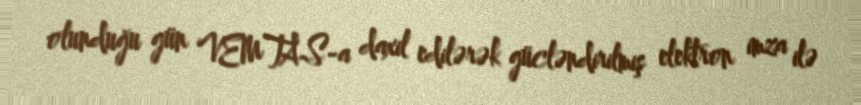
olunduğu gün VEMTAS-a daxil edilərək gücləndirilmiş elektron imza ilə